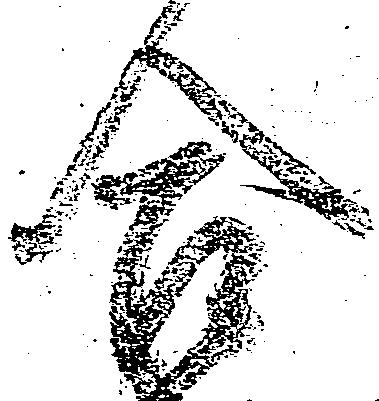
合